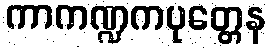
ကာကဏ္ဍကပုတ္တေန